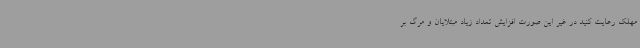
مهلک رعایت کنید در غیر این صورت افزایش تعداد زیاد مبتلایان و مرگ بر